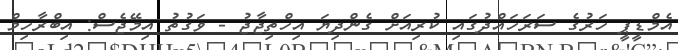
އެމްޑީޕީ ހަރުގެ ސަރަހައްދުގައި ކުރިއަށް ގެންދިޔަ އިހްތިޖާޖު - ވަގުތު އިމޭޖެސް: އިިބްރާހިމް